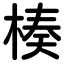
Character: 楱